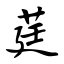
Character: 莛